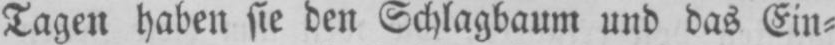
Tagen haben sie den Schlagbaum und das Ein⸗